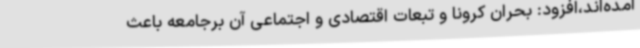
آمده‌اند،افزود: بحران کرونا و تبعات اقتصادی و اجتماعی آن برجامعه باعث